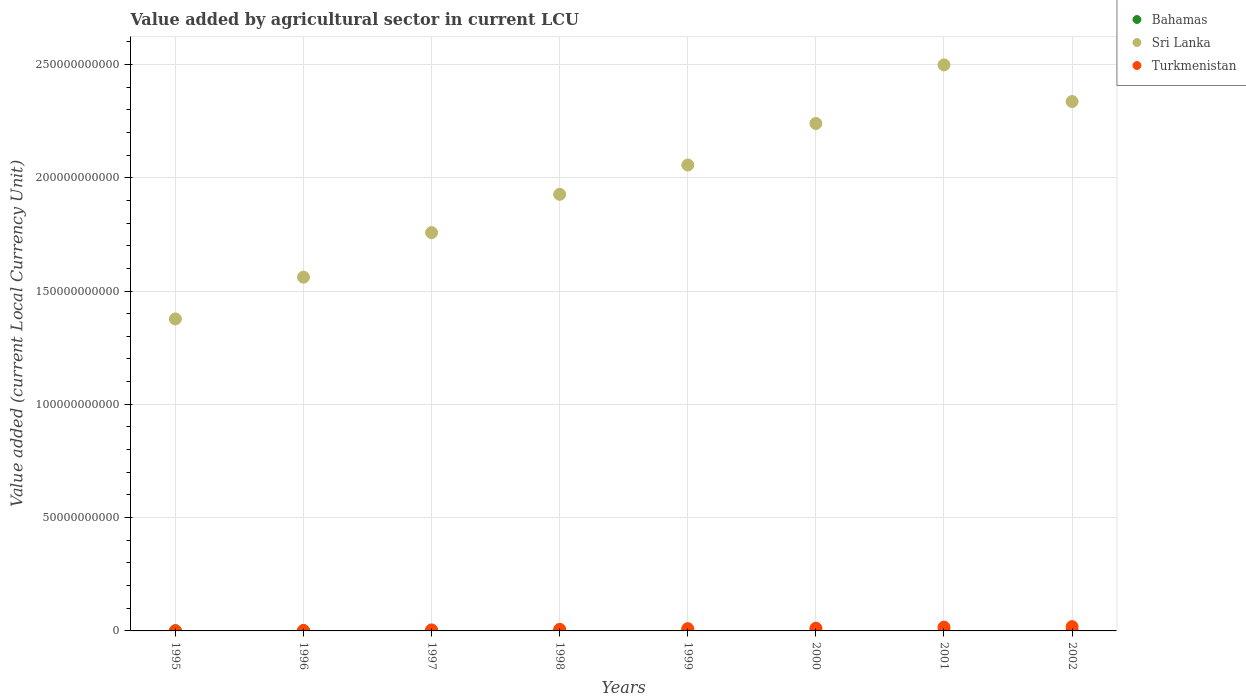
| Years | Bahamas | Sri Lanka | Turkmenistan |
 | --- | --- | --- | --- |
 | 1995 | 9.72e+07 | 1.38e+11 | 2.11e+07 |
 | 1996 | 9.55e+07 | 1.56e+11 | 1.96e+08 |
 | 1997 | 1.54e+08 | 1.76e+11 | 4.5e+08 |
 | 1998 | 1.47e+08 | 1.93e+11 | 7.04e+08 |
 | 1999 | 1.48e+08 | 2.06e+11 | 9.96e+08 |
 | 2000 | 1.66e+08 | 2.24e+11 | 1.18e+09 |
 | 2001 | 1.57e+08 | 2.5e+11 | 1.67e+09 |
 | 2002 | 2.02e+08 | 2.34e+11 | 1.89e+09 |